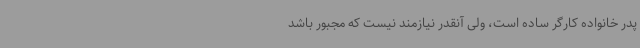
پدر خانواده کارگر ساده است، ولی آنقدر نیازمند نیست که مجبور باشد